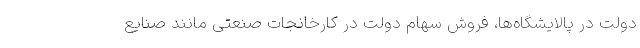
دولت در پالایشگاه‌ها، فروش سهام دولت در کارخانجات صنعتی مانند صنایع